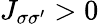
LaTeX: J_{\sigma\sigma^{\prime}}>0